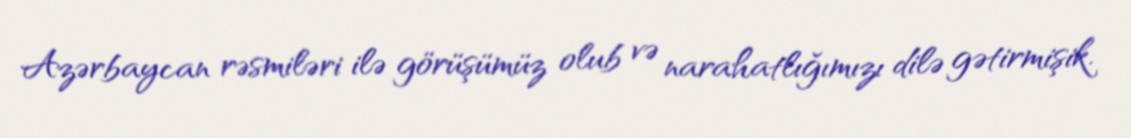
Azərbaycan rəsmiləri ilə görüşümüz olub və narahatlığımızı dilə gətirmişik.